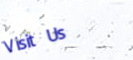
Visit Us